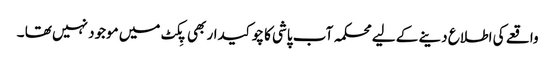
واقعے کی اطلاع دینے کے لیے محکمہ آب پاشی کا چوکیدار بھی پِکٹ میں موجود نہیں تھا ۔